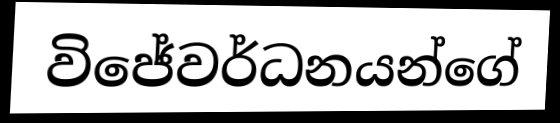
විජේවර්ධනයන්ගේ